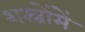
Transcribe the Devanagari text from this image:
शस्त्रोंमें